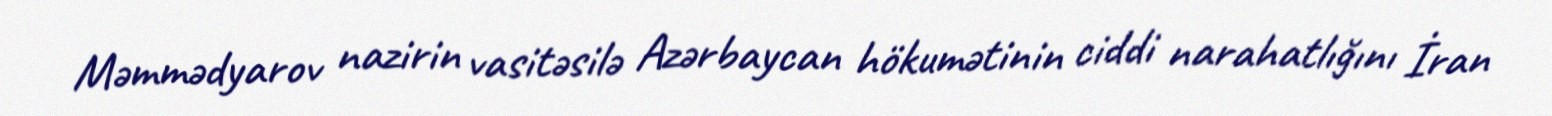
Məmmədyarov nazirin vasitəsilə Azərbaycan hökumətinin ciddi narahatlığını İran